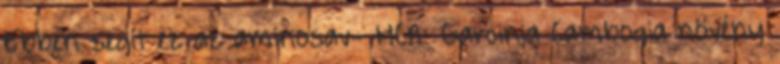
Ebben segít ez az aminosav- HCA: Garcinia Cambogia növény